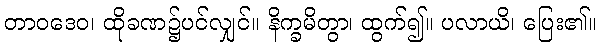
တာဝဒေဝ၊ ထိုခဏ၌ပင်လျှင်။ နိက္ခမိတွာ၊ ထွက်၍။ ပလာယိ၊ ပြေး၏။